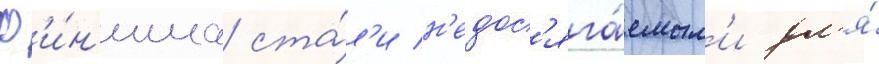
ф'и́н'иша ста́л'и н'едос'яга́емым'и дл'я́